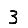
Digit: 3